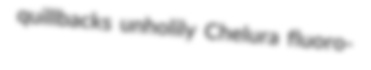
quillbacks unholily Chelura fluoro-